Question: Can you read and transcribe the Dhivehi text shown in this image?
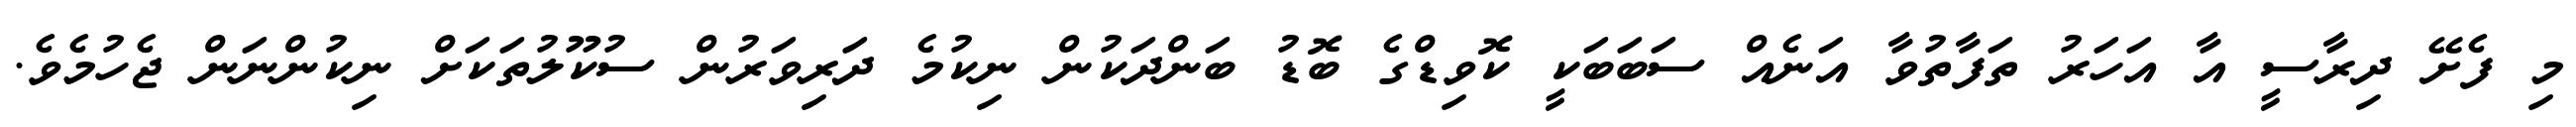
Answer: މި ފެށޭ ދިރާސީ އާ އަހަރު ތަފާތުވާ އަނެއް ސަބަބަކީ ކޮވިޑްގެ ބޮޑު ބަންދަކުން ނިކުމެ ދަރިވަރުން ސުކޫލުތަކަށް ނިކުންނަން ޖެހުމެވެ.